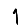
Digit: 1